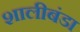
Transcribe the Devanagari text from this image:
शालीबंडा